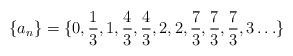
LaTeX: \begin{align*}\{a_n\}=\{0,\frac 13,1,\frac 43,\frac 43,2,2,\frac 73,\frac 73,\frac73,3\ldots\}\end{align*}